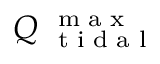
Q _ { \mathrm { ~ \scriptsize ~ t ~ i ~ d ~ a ~ l ~ } } ^ { \mathrm { ~ \scriptsize ~ m ~ a ~ x ~ } }